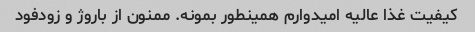
کیفیت غذا عالیه امیدوارم همینطور بمونه. ممنون از باروژ و زودفود